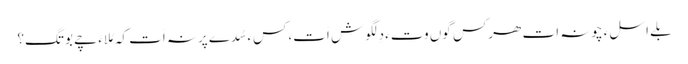
بلے اسلءَ چونہ اَت ھرکس گوں وتءَ دِلگوش اَت،کسءَ سُدے پرنہ اَت کہ مُلاءَ چے بوتگ؟